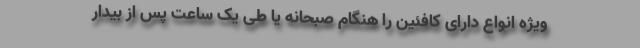
ویژه انواع دارای کافئین را هنگام صبحانه یا طی یک ساعت پس از بیدار